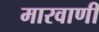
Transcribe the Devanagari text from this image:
मारवाणी